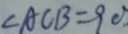
\angle A C B = 9 0 ^ { \circ }